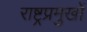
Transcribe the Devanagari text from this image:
राष्ट्रप्रमुखों